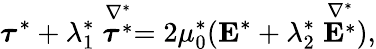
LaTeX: \boldsymbol{\tau}^{*}+\lambda_{1}^{*}\stackrel{\nabla^{*}}{\boldsymbol{\tau}^{*}}=2\mu_{0}^{*}(\boldsymbol{\mathrm{E}}^{*}+\lambda_{2}^{*}\stackrel{\nabla^{*}}{\boldsymbol{\mathrm{E}}^{*}}),